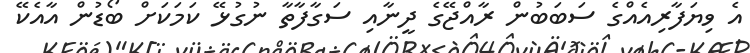
އެ ވިޔަފާރިއެއްގެ ސަބަބުން ރާއްޖޭގެ ދީނާއި ސަގާފާތާ ނުގުޅޭ ކަމަކަށް ބޯޑުން އާއެކޭ